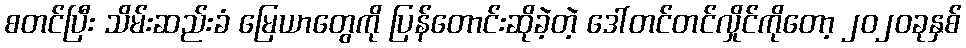
စတင်ပြီး သိမ်းဆည်းခံ မြေယာတွေကို ပြန်တောင်းဆိုခဲ့တဲ့ ဒေါ်တင်တင်လှိုင်ကိုတော့ ၂၀၂၀ခုနှစ်